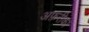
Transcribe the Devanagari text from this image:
अफ़रीका